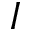
I